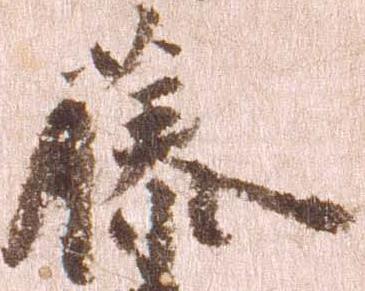
藤